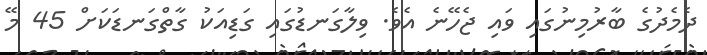
ދެމެދުގެ ބާރުމިނުގައި ވައި ޖެހޭނެ އެވެ. ވިލާގަނޑުގައި ގަޑިއަކު ގާތްގަނޑަކަށް 45 މޭ